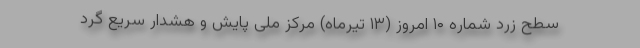
سطح زرد شماره ۱۰ امروز (۱۳ تیرماه) مرکز ملی پایش و هشدار سریع گرد